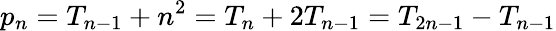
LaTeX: p_{n}=T_{n-1}+n^{2}=T_{n}+2T_{n-1}=T_{2n-1}-T_{n-1}